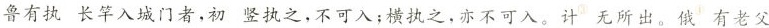
鲁有执长竿入城门者，初竖执之，不可入；横执之，亦不可入。计无所出。俄有老父